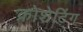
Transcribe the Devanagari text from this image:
क्रोशेटिंग